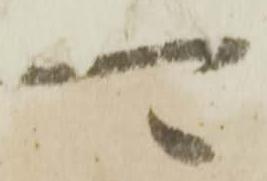
可